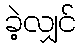
ခဲ့လျှင်